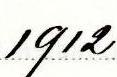
1912